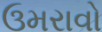
ઉમરાવો